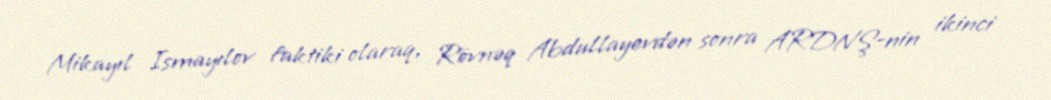
Mikayıl Ismayılov faktiki olaraq, Rövnəq Abdullayevdən sonra ARDNŞ-nin ikinci